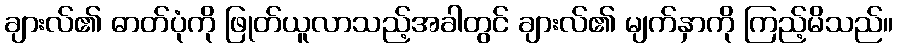
ချားလ်၏ ဓာတ်ပုံကို ဖြုတ်ယူလာသည့်အခါတွင် ချားလ်၏ မျက်နှာကို ကြည့်မိသည်။